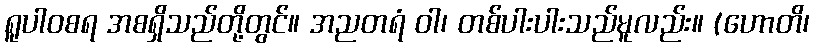
ရူပါဝစရ အစရှိသည်တို့တွင်။ အညတရံ ဝါ၊ တစ်ပါးပါးသည်မူလည်း။ (ဟောတိ၊